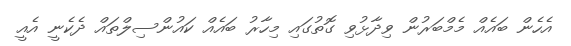
އެހެން ބައެއް މެމްބަރުން ވިދާޅުވި ގޮތުގައި މިހާރު ބައެއް ކައުންސިލްތައް ދެކެނީ އެއީ